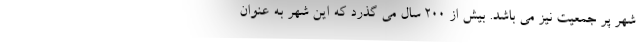
شهر پر جمعیت نیز می باشد. بیش از 200 سال می گذرد که این شهر به عنوان